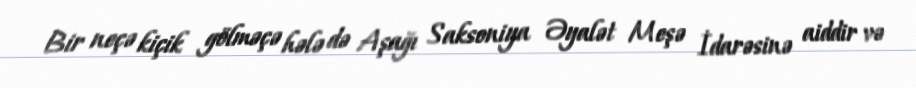
Bir neçə kiçik gölməçə hələ də Aşağı Saksoniya Əyalət Meşə İdarəsinə aiddir və